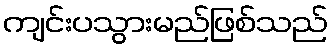
ကျင်းပသွားမည်ဖြစ်သည်